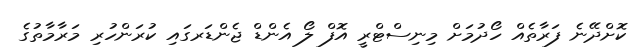
ކޮށްދޭނެ ފަރާތެއް ހޯދުމަށް މިނިސްޓްރީ އޮފް ލޯ އެންޑް ޖެންޑަރގައި ކުރަންހުރި މަރާމާތުގެ